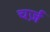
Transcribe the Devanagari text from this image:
चर्ज़